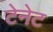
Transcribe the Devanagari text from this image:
टेनेट